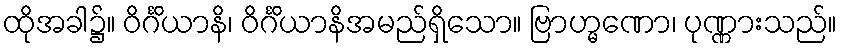
ထိုအခါ၌။ ဝိင်္ဂိယာနိ၊ ဝိင်္ဂိယာနိအမည်ရှိသော။ ဗြာဟ္မဏော၊ ပုဏ္ဏားသည်။